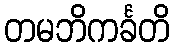
တမဘိကင်္ခတိ